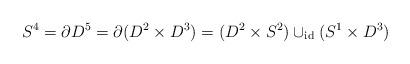
LaTeX: \begin{align*}S^4 = \partial D^5 = \partial (D^2\times D^3) = (D^2\times S^2)\cup_{\mathrm{id}} (S^1\times D^3)\end{align*}